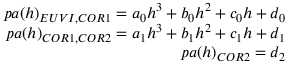
\begin{array} { r } { p a ( h ) _ { E U V I , C O R 1 } = a _ { 0 } h ^ { 3 } + b _ { 0 } h ^ { 2 } + c _ { 0 } h + d _ { 0 } } \\ { p a ( h ) _ { C O R 1 , C O R 2 } = a _ { 1 } h ^ { 3 } + b _ { 1 } h ^ { 2 } + c _ { 1 } h + d _ { 1 } } \\ { p a ( h ) _ { C O R 2 } = d _ { 2 } } \end{array}